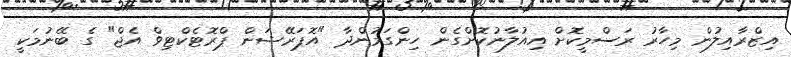
އިޒްރާއިލުން މިހާރު ރަސްމީކޮށް އިއުލާނުކޮށްގެން ހިންގަމުންދާ "އޮޕަރޭޝަން ޕްރޮޓެކްޓިވް އެޖް" ގެ ބޭނުމަކީ